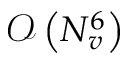
\mathcal { O } \left( N _ { v } ^ { 6 } \right)